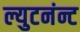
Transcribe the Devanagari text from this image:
ल्युटनंन्ट